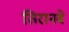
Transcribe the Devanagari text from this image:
तिरानबे